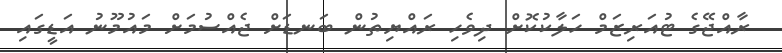
ރާއްޖޭގެ ޓުއަރިޒަމް ހަލާކުކޮށް ދިވެހި ރައްޔިތުން ބަނޑަށް ޖެއްސުމަށް މައުމޫނު އަޑީގައި